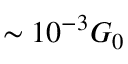
\sim 1 0 ^ { - 3 } G _ { 0 }